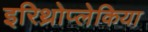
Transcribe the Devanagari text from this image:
इरिथ्रोप्लेकिया